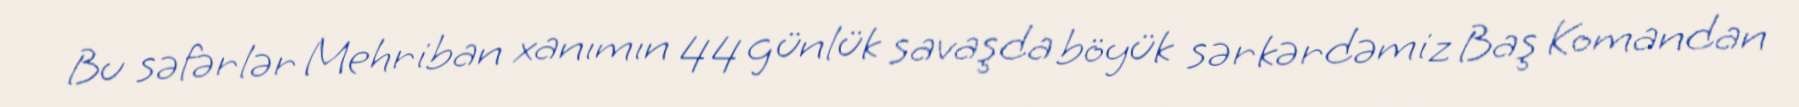
Bu səfərlər Mehriban xanımın 44 günlük savaşda böyük sərkərdəmiz Baş Komandan